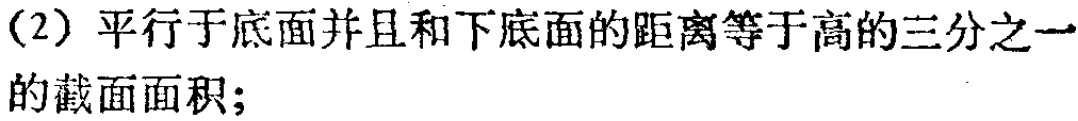
（2）平行于底面并且和下底面的距离等于高的三分之一的截面面积；